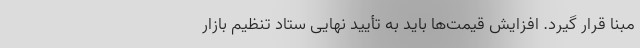
مبنا قرار گیرد. افزایش قیمت‌ها باید به تأیید نهایی ستاد تنظیم بازار